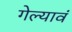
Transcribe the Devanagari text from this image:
गेल्यावं